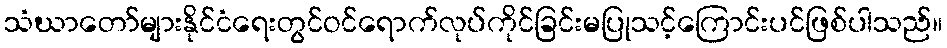
သံဃာတော်များနိုင်ငံရေးတွင်ဝင်ရောက်လုပ်ကိုင်ခြင်းမပြုသင့်ကြောင်းပင်ဖြစ်ပါသည်။